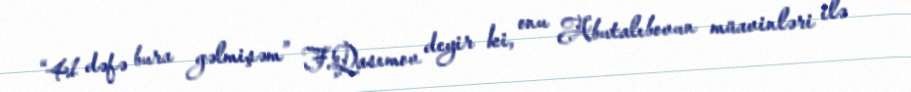
“41 dəfə bura gəlmişəm” F.Qasımov deyir ki, onu Abutalıbovun müavinləri ilə